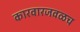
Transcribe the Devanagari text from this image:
कारवारजवळच